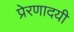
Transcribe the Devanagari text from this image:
प्रेरणादयी